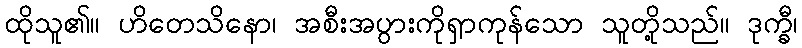
ထိုသူ၏။ ဟိတေသိနော၊ အစီးအပွားကိုရှာကုန်သော သူတို့သည်။ ဒုက္ခီ၊